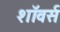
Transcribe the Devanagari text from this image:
शॉवर्स